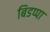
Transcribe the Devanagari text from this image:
बिडप्पा